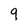
Character: 9